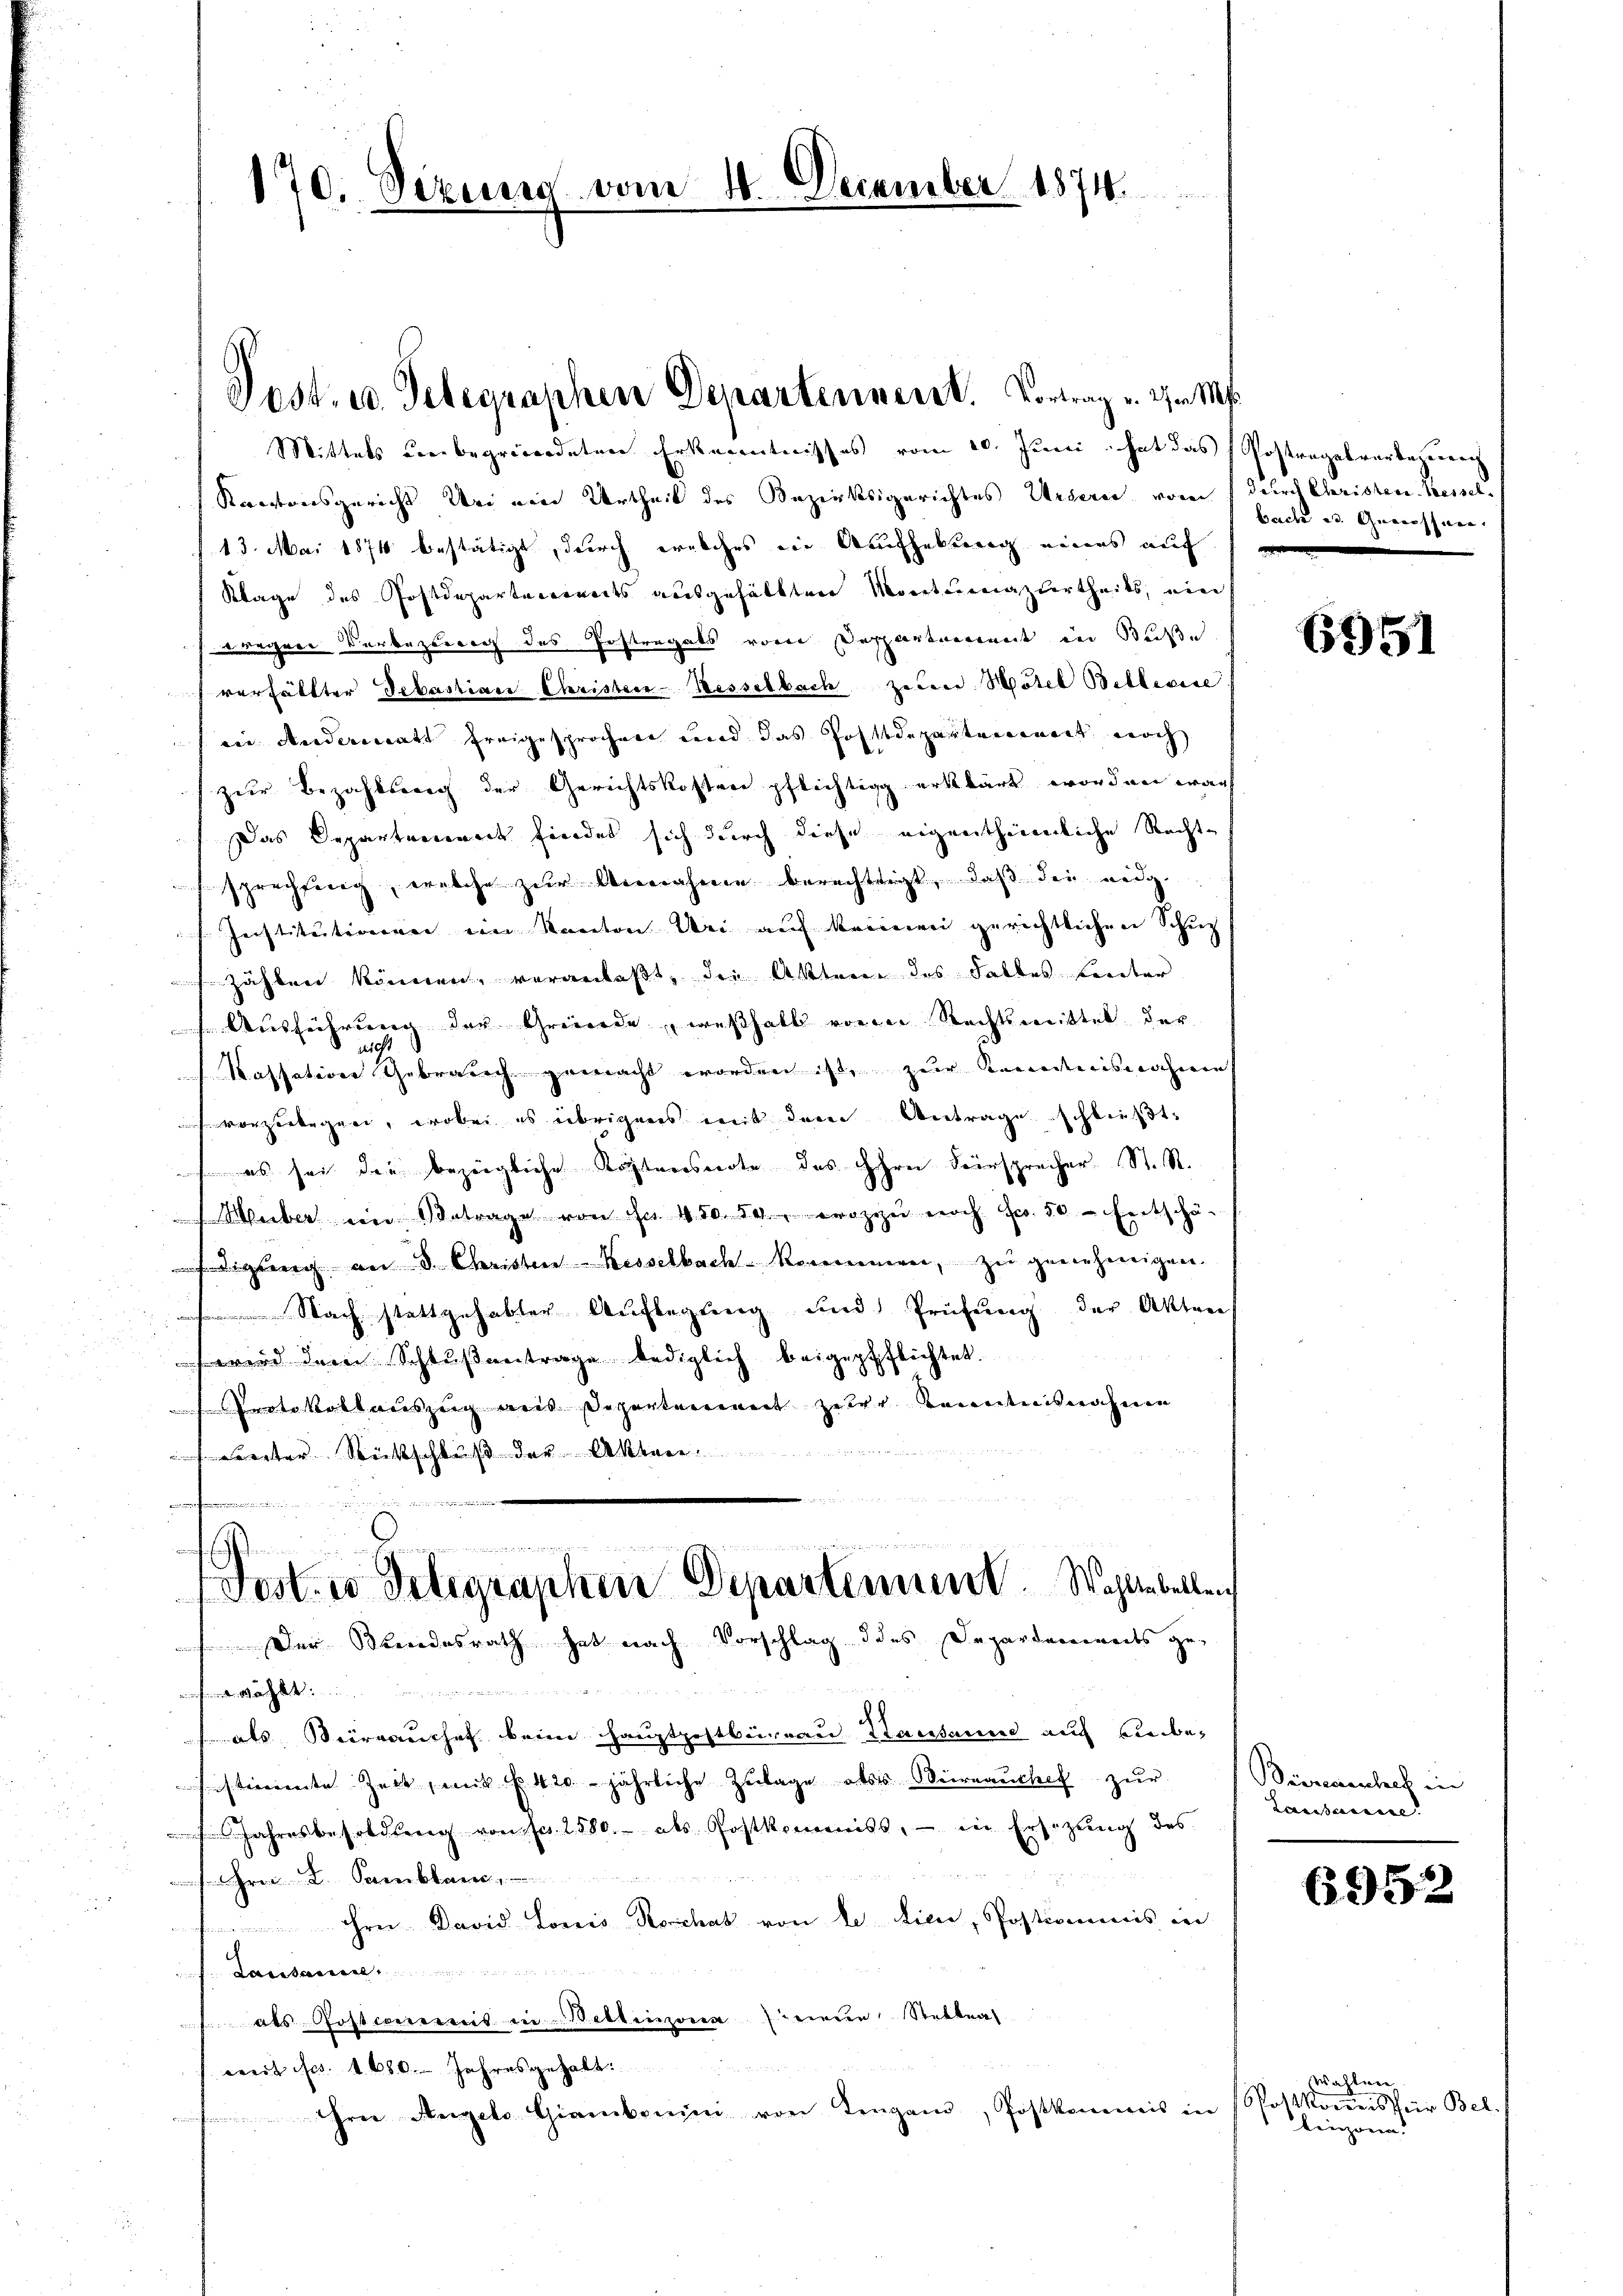
170. Sezung vom 14. December 1874.

Mittels unbegründeten Erkenntnisses vom 20. Juni hat das Postragesvorbezeig
Kantonsgericht bei ein Urtheil des Bezirksgerichtes Ursern von durch Christen Kassel
13. Mai 1874 bestätigt, durch welches eine Aufhebung eines auf
Klage des Postdeparterreits ausgehältten Montumaziertheils, ein
igere Vorbertrag des Erstregals vom Departenweit in Buße
verfällter Sebastian Christern-Hesselbach zebene Matel Billerisc
in Andermatt freigesprochen und das Postdeparteienort noch
zur Bezahlung der Gerichtskosten pflichtig erklärt worden war
Das Departement findet sich durch diese eigentheimliche Recht-
sprechnung, welche zur Annahme berechtigt, daß die eidg.
Ieistitutionen ein Kanton Uri auf keinen gerichtlichen Schup
zählen können, veranlaßt, die Akten des Falles hinter
s Ausführung der Greierde, weßhalb von Rechtsmittel der
Kassations Gebrauch gemacht worden ist, zur Kenntnisnahmen
vorzulegen, wobei es übrigens mit dem Antrage schließt:
 es sei die bezügliche Kostensnote des Ihre Fürsprecher St. R.
Huber ein Betrage von ihn 450. 54, wozu noch Fr. 50 - Entschä-
ftigung an 8. Christen-Kesselbach kommen, zu genehmigen.
 Nach stattgehabter Auflegung und Prüfung der Akten
wird dem Schlußantrage lediglich beigepfflichtet.
Protokollauszug aus Departement zuler Kenntnisnahme
cereter Rückschluß der Akten.
nferen
E
Gost. io Telegraphen Departement. Wahlen bellen
Der Kindesrath hat nach Vorschlag des Departements ge-
wächt
als Beraushof beim Hauptpostbüreau Kausanne auch Liebesisterrente Zeit, mit f. 420 jährliche Zulage als Werrauchet zur
Jahresbesoldung vom fr. 1580. als Postkommiss, – in Ersitzung des
Hrer L. Sambbar,
 ihrer David Loris Rochas von de dici, Postiommnis in
Lausan
t als Posterererseit in Bellinzona ein Stetter
weit fes. 1680. Jahresgehalt.
rei Angelo Giambonini von Tengano, Postkommis in

Jost, u. Gelegraphen Departennent. Vortrag u. d. Ms.

bach u. Genossen.

6951

Sierenschnet in
Lausaccise.

6952

wahlen
Postkommnis für Bel
linzona.